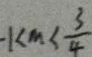
- 1 < m < \frac { 3 } { 4 }